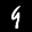
Label: 9